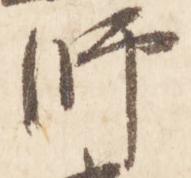
師